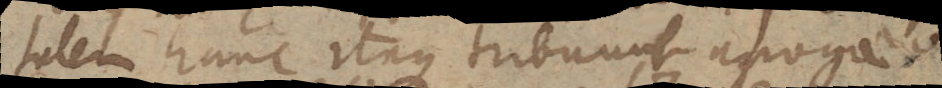
tatem hanc itaque tribuunt apogaeo